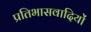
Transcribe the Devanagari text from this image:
प्रतिभासवादियों